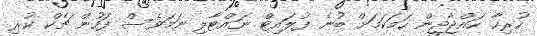
ހުރިހާ ހައްޖާޖީން ހަމަކަމަށް ބުނެ ފުލައިޓް ނައްޓާލި ނަމަވެސް ފަހުން ޗެކް ކުރި